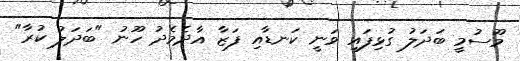
މޫސުމީ ބަދަލު ގުޅިފައި ވަނީ ކަނޑާއި ފަޒާ އާދެމެދު ހޫނު "ބަދަލު ކުރާ"